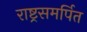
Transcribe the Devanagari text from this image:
राष्ट्रसमर्पित